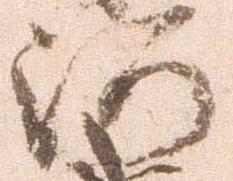
河